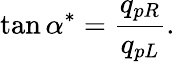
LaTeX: \tan\alpha^{*}=\frac{q_{pR}}{q_{pL}}.